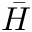
\bar { H }